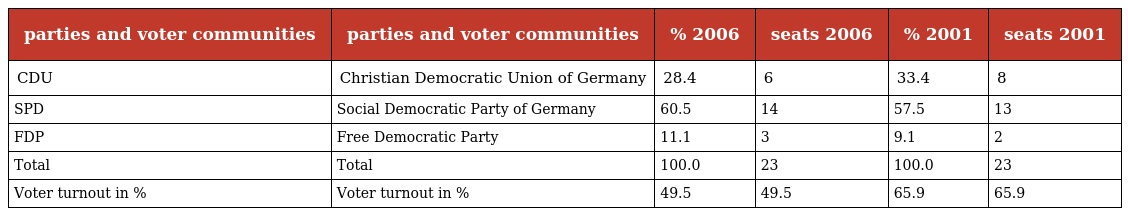
| parties and voter communities | parties and voter communities | % 2006 | seats 2006 | % 2001 | seats 2001 |
 | --- | --- | --- | --- | --- | --- |
 | CDU | Christian Democratic Union of Germany | 28.4 | 6 | 33.4 | 8 |
 | SPD | Social Democratic Party of Germany | 60.5 | 14 | 57.5 | 13 |
 | FDP | Free Democratic Party | 11.1 | 3 | 9.1 | 2 |
 | Total | Total | 100.0 | 23 | 100.0 | 23 |
 | Voter turnout in % | Voter turnout in % | 49.5 | 49.5 | 65.9 | 65.9 |